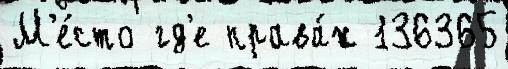
М'е́сто гд'е права́х 136365